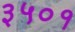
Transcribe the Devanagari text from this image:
३५०१